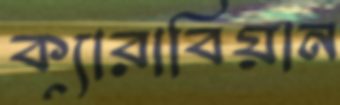
ক্যারাবিয়ান